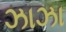
ઝાઝા